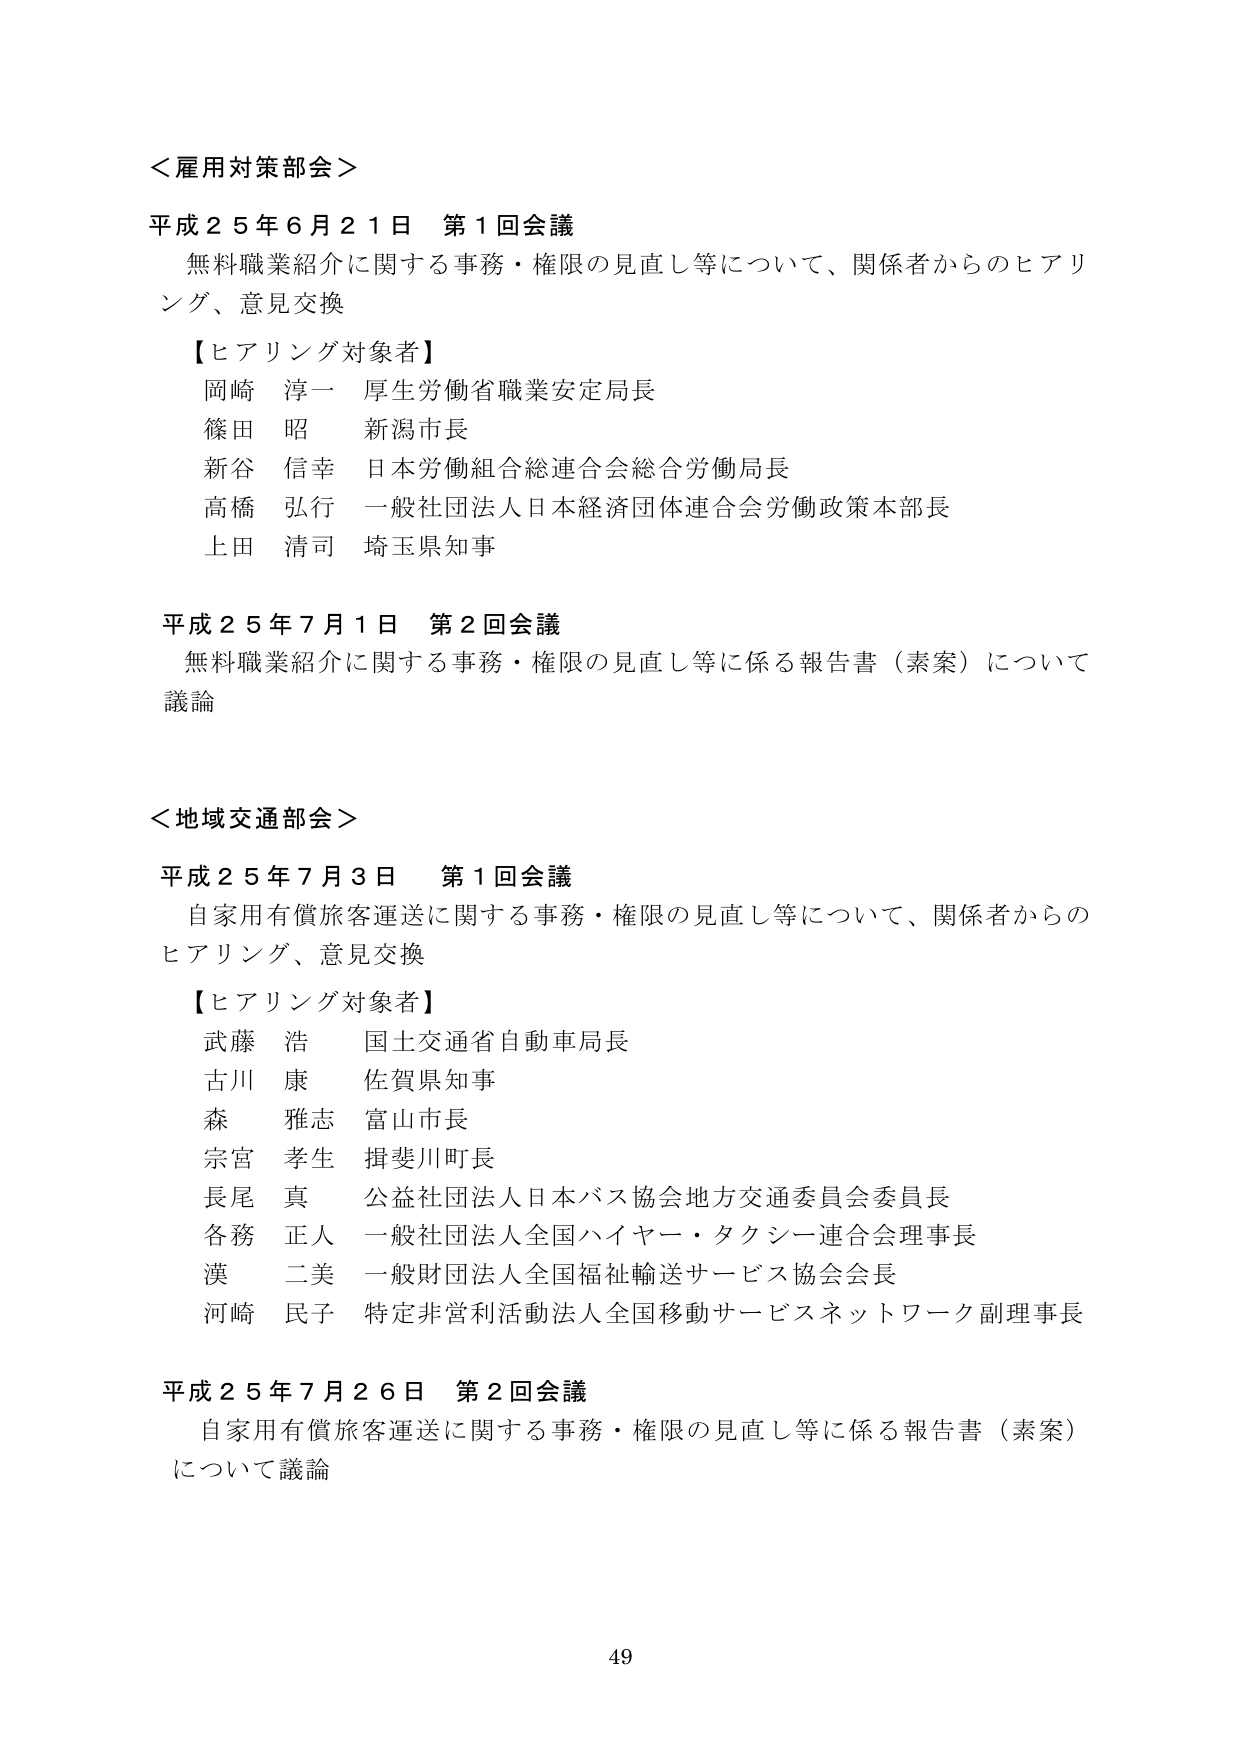
＜雇用対策部会＞
平成２５年６月２１日 第１回会議
無料職業紹介に関する事務・権限の見直し等について、関係者からのヒアリング、意見交換
【ヒアリング対象者】
岡崎 淳一 厚生労働省職業安定局長
篠田 昭 新潟市長
新谷 信幸 日本労働組合総連合会総合労働局長
高橋 弘行 一般社団法人日本経済団体連合会労働政策本部長
上田 清司 埼玉県知事

平成２５年７月１日 第２回会議
無料職業紹介に関する事務・権限の見直し等に係る報告書（素案）について議論

＜地域交通部会＞
平成２５年７月３日 第１回会議
自家用有償旅客運送に関する事務・権限の見直し等について、関係者からのヒアリング、意見交換
【ヒアリング対象者】
武藤 浩 国土交通省自動車局長
古川 康 佐賀県知事
森 雅志 富山市長
宗宮 孝生 揖斐川町長
長尾 真 公益社団法人日本バス協会地方交通委員会委員長
各務 正人 一般社団法人全国ハイヤー・タクシー連合会理事長
漢 二美 一般財団法人全国福祉輸送サービス協会会長
河崎 民子 特定非営利活動法人全国移動サービスネットワーク副理事長

平成２５年７月２６日 第２回会議
自家用有償旅客運送に関する事務・権限の見直し等に係る報告書（素案）について議論

49